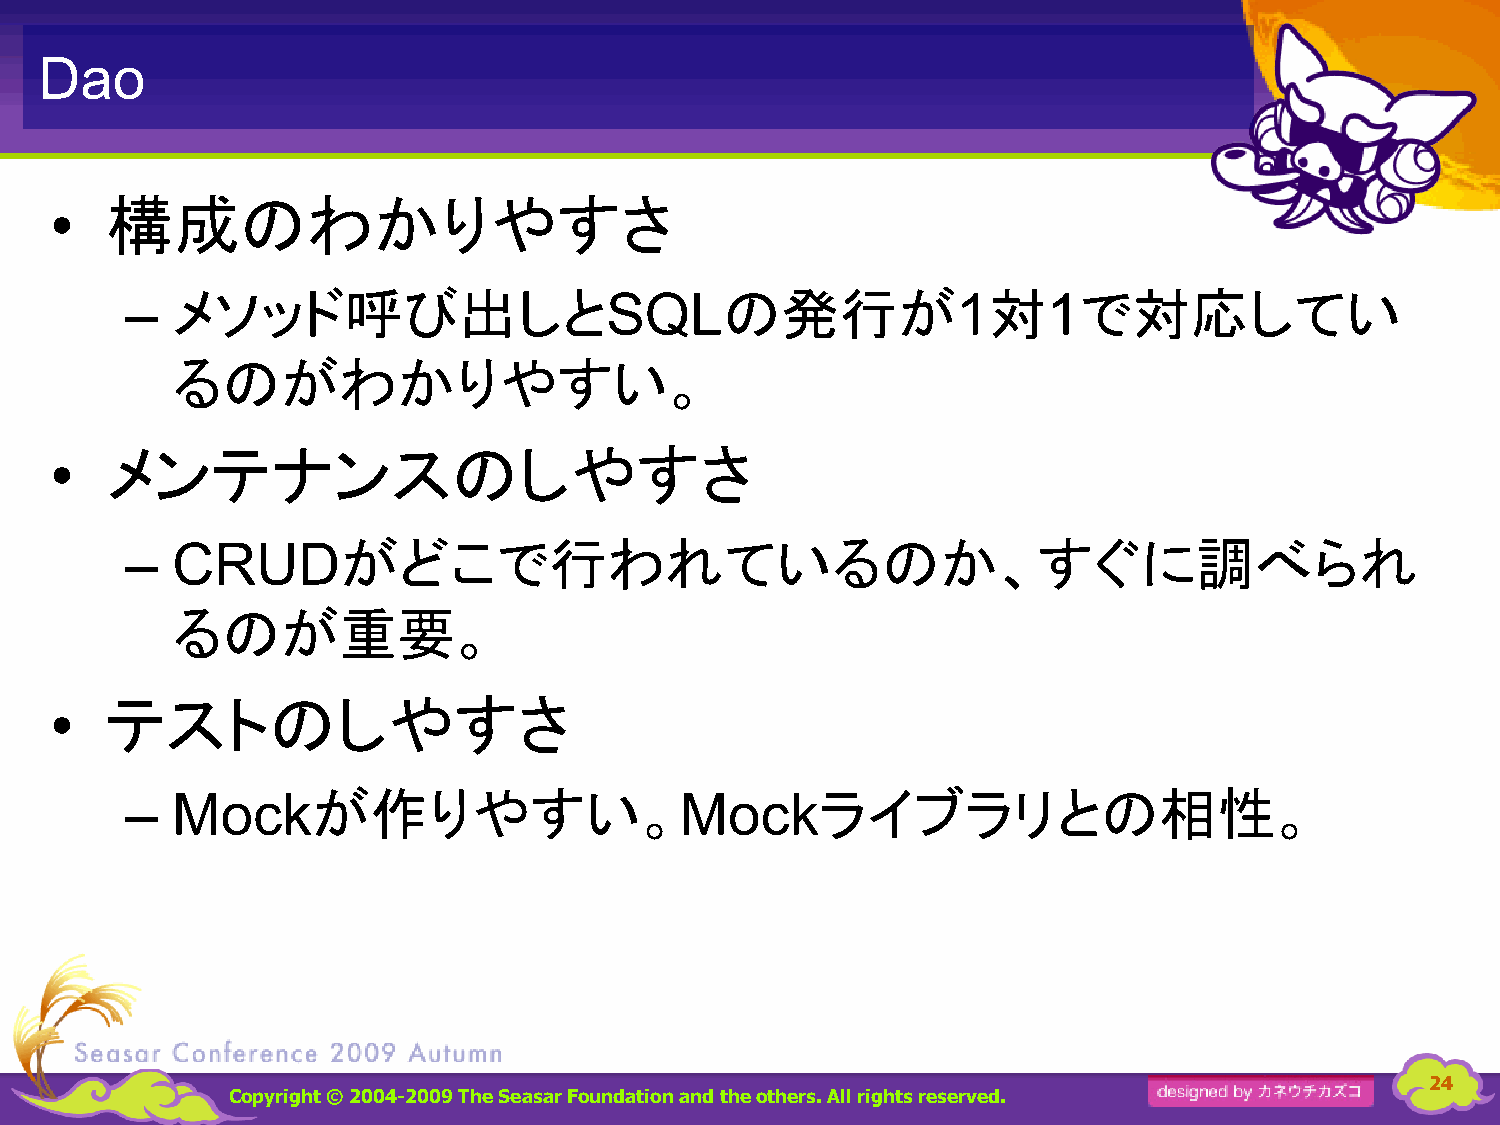
Dao
 構成のわかりやすさ
 •
 メソッド呼び出しと                            の発行が             対     で対応してい
 –                               SQL                    1     1
 るのがわかりやすい。
 メンテナンスのしやすさ
 •
 がどこで行われているのか、すぐに調べられ
 –  CRUD
 るのが重要。
 テストのしやすさ
 •
 が作りやすい。                          ライブラリとの相性。
 –  Mock                              Mock
 24
 Copyright © 2004-2009 The Seasar Foundationand the others. All rights reserved.